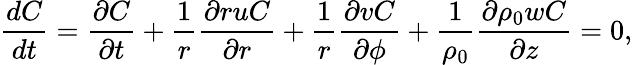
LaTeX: \frac{dC}{dt}=\frac{\partial C}{\partial t}+\frac{1}{r}\frac{\partial ruC}{\partial r}+\frac{1}{r}\frac{\partial vC}{\partial\phi}+\frac{1}{\rho_{0}}\frac{\partial\rho_{0}wC}{\partial z}=0,